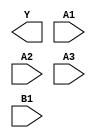
module sky130_fd_sc_hdll__a31oi (
    Y ,
    A1,
    A2,
    A3,
    B1
);

    output Y ;
    input  A1;
    input  A2;
    input  A3;
    input  B1;

    // Voltage supply signals
    supply1 VPWR;
    supply0 VGND;
    supply1 VPB ;
    supply0 VNB ;

endmodule